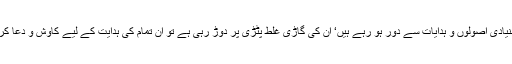
تمام کلمہ گو فخر انسانیتﷺ کی امت ہے اور اگر آپ سمجھتے ہیں کہ وہ اسلام کے بنیادی اصولوں و ہدایات سے دور ہو رہے ہیں‘ ان کی گاڑی غلط پٹڑی پر دوڑ رہی ہے تو ان تمام کی ہدایت کے لیے کاوش و دعا کرنا‘ غیر مسلموں تک اسلام کا پیغام پہنچانا ہی اصل میں توحید و سنت کی اشاعت ہے۔